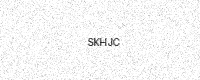
Text: SKHJC